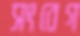
সংবেগ